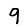
Digit: 9